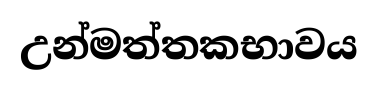
උන්මත්තකභාවය